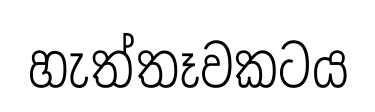
හැත්තෑවකටය